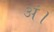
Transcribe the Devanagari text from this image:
अं।